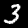
Digit: 3